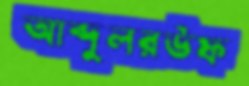
আব্দুলরউফ